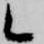
候